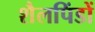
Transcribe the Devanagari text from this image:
शैलपिंडों